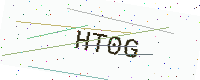
Text: HT0G